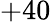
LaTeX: +40